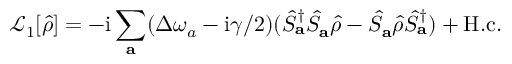
\mathcal { L } _ { 1 } [ \hat { \rho } ] = - \mathrm { i } \sum _ { \mathbf { a } } ( \Delta \omega _ { a } - \mathrm { i } \gamma / 2 ) ( \hat { S } _ { \mathbf { a } } ^ { \dagger } \hat { S } _ { \mathbf { a } } \hat { \rho } - \hat { S } _ { \mathbf { a } } \hat { \rho } \hat { S } _ { \mathbf { a } } ^ { \dagger } ) + \mathrm { H . c . }